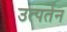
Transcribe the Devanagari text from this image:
उत्पर्तन